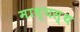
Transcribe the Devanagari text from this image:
माध्यस्थ